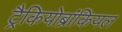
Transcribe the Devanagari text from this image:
ट्रैकियोब्रांकियल